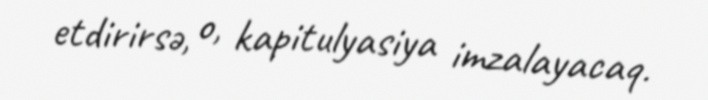
etdirirsə, o, kapitulyasiya imzalayacaq.